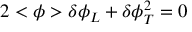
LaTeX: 2 < \phi > \delta \phi _ { L } + \delta \phi _ { T } ^ { 2 } = 0